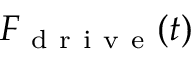
F _ { \mathrm { ~ d ~ r ~ i ~ v ~ e ~ } } ( t )